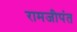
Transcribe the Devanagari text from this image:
रामजीपंत